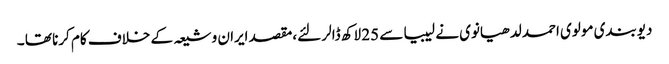
دیوبندی مولوی احمد لدھیانوی نے لیبیا سے 25 لاکھ ڈالر لئے،مقصد ایران و شیعہ کے خلاف کام کرنا تھا ۔